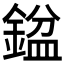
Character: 𨩣